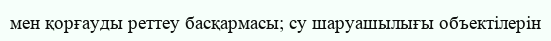
мен қорғауды реттеу басқармасы; су шаруашылығы объектілерін